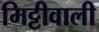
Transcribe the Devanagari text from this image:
मिट्टीवाली